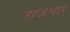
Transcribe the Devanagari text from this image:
राजभार